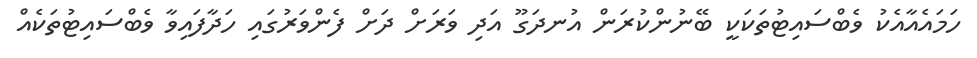
ހަމައެއާއެކު ވެބްސައިޓުތަކަކީ ބޭނުންކުރަން އުނދަގޫ އަދި ވަރަށް ދަށް ފެންވަރުގައި ހަދާފައިވާ ވެބްސައިޓުތަކެއް